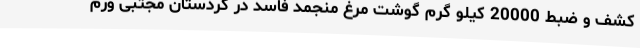
کشف و ضبط 20000 کیلو گرم گوشت مرغ منجمد فاسد در کردستان مجتبی ورم